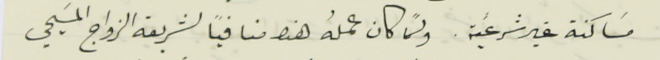
مسَاكنة غير شرعيَّة. ولمَّا كان عملهُ هذا منافياً لشريعة الزواج المسَيحي